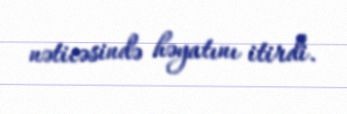
nəticəsində həyatını itirdi.